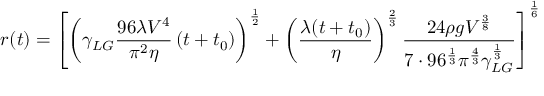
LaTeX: r ( t ) = \left[ \left( \gamma _ { L G } { \frac { 9 6 \lambda V ^ { 4 } } { \pi ^ { 2 } \eta } } \left( t + t _ { 0 } \right) \right) ^ { \frac { 1 } { 2 } } + \left( { \frac { \lambda ( t + t _ { 0 } ) } { \eta } } \right) ^ { \frac { 2 } { 3 } } { \frac { 2 4 \rho g V ^ { \frac { 3 } { 8 } } } { 7 \cdot 9 6 ^ { \frac { 1 } { 3 } } \pi ^ { \frac { 4 } { 3 } } \gamma _ { L G } ^ { \frac { 1 } { 3 } } } } \right] ^ { \frac { 1 } { 6 } }